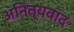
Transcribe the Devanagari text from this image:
अनित्यवाद